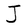
Character: J